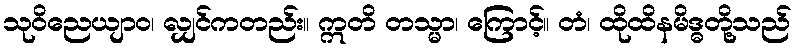
သုဝိညေယျာဝ၊ လျှင်ကတည်း။ ဣတိ တသ္မာ၊ ကြောင့်။ တံ၊ ထိုထိနမိဒ္ဓတို့သည်